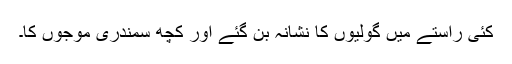
کئی راستے میں گولیوں کا نشانہ بن گئے اور کچھ سمندری موجوں کا۔